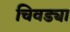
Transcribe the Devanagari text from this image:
चिवड्या